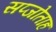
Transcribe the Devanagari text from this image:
सप्जोताह